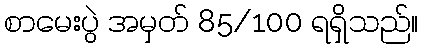
စာမေးပွဲ အမှတ် 85/100 ရရှိသည်။